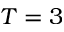
T = 3